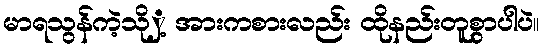
မာရသွန်ကဲ့သိုှ့ အားကစားလည်း ထိုနည်းတူစွာပါပဲ။